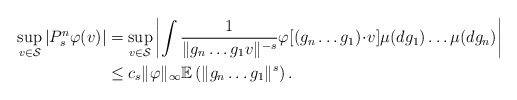
\begin{align*}\sup_{v \in \mathcal{S} } | P_s^n \varphi(v)|& = \sup_{v \in \mathcal{S} } \left| \int \frac{1}{ \| g_n\ldots g_1 v \|^{-s} } \varphi[(g_n\ldots g_1)\!\cdot\! v] \mu(dg_1)\ldots \mu(dg_n) \right| \\& \leq c_s \|\varphi\|_\infty \mathbb{E}\left(\|g_n \ldots g_1\|^s\right).\end{align*}